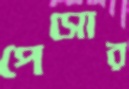
পেসোর